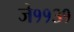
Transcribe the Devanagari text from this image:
जे११३१